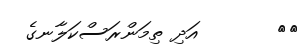
١٩       އަދި ތިމަންރަސްކަލާނގެ